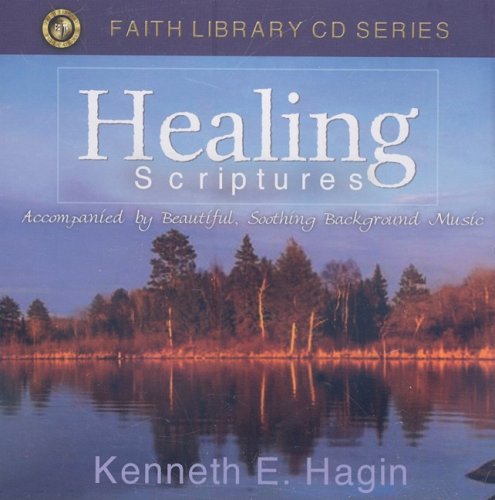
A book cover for Healing Scriptures (Faith Library); Kenneth E. Hagin; Christian Books & Bibles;